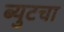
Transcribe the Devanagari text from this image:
ब्युटचा